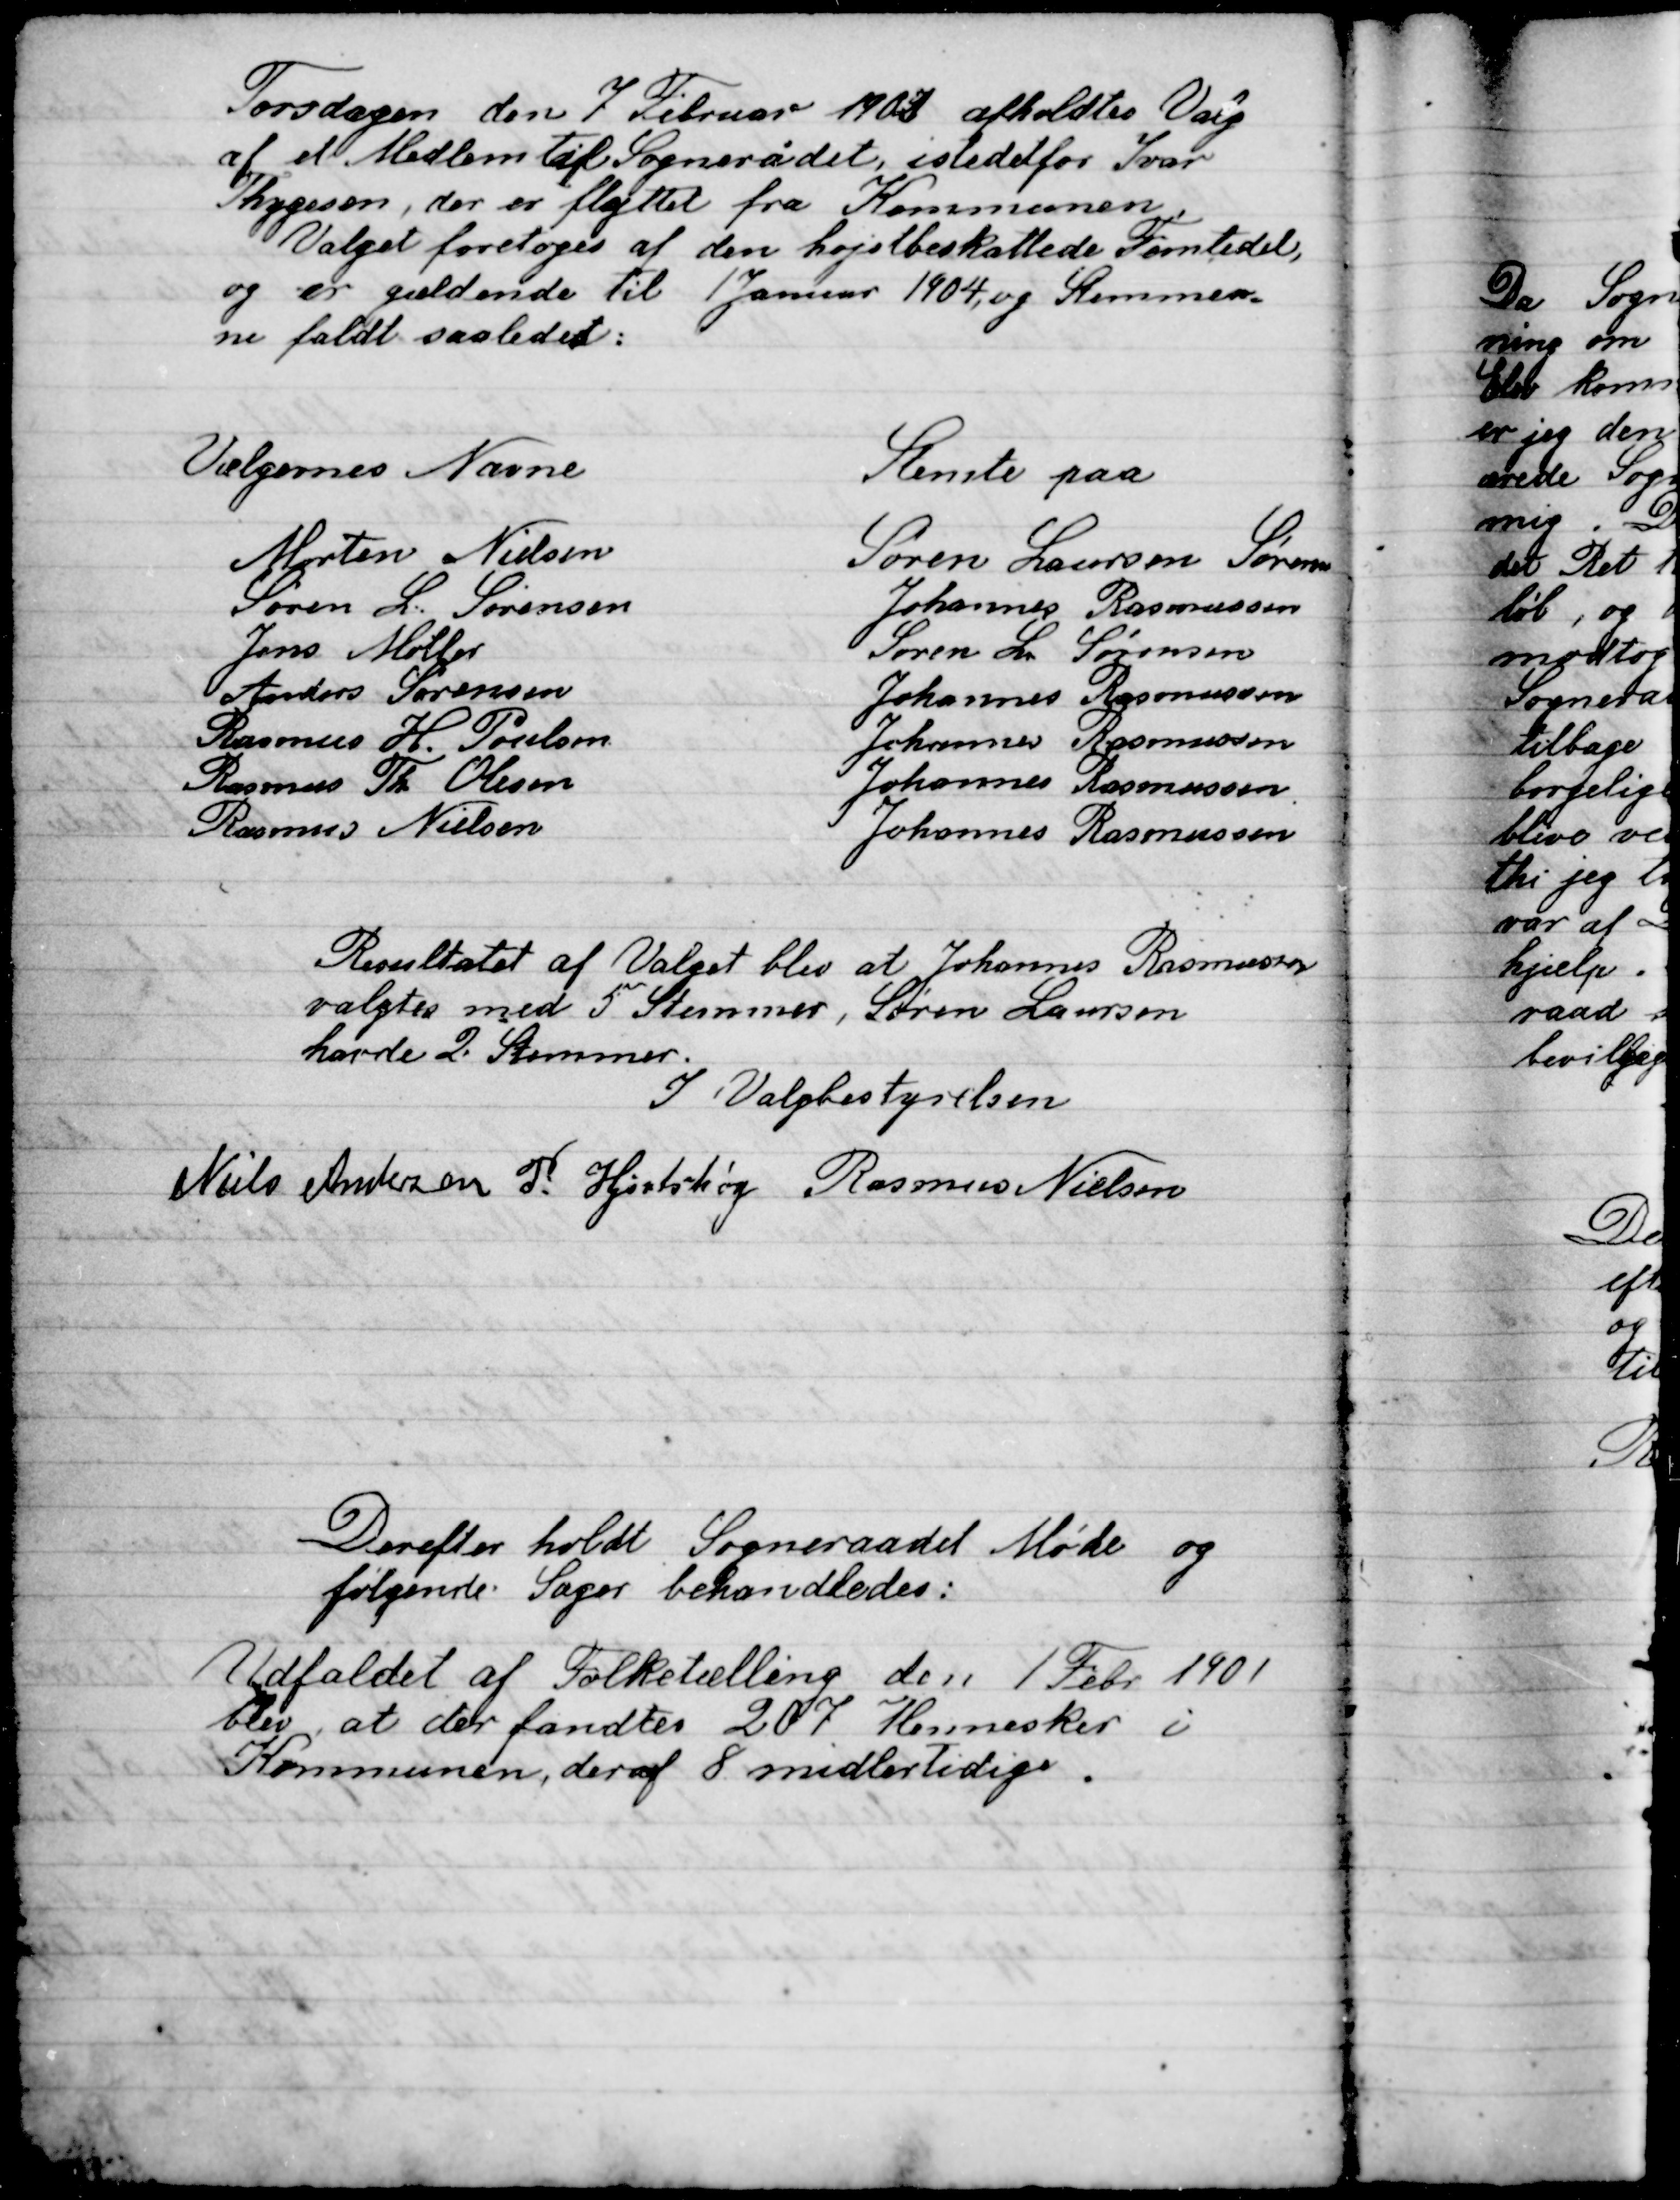
Transskription:
Torsdagen den 7 Februar 1901 afholdt Valg
af et Medlem til Sognerådet, i stedet for Ivar
Thygesen, der er flyttet fra Kommunen.
Valget foretoges af den højest beskattede Femtedel,
Og er gældende til 1 Januar 1904, og Stemmer-
ne faldt saaledes:

Resultatet af Valget blev at Johannes Rasmussen
Valgtes med 5 Stemmer, Søren Laursen
havde 2 Stemmer
I Valgbestyrelsen
Niels Andersen
P. Hjortshøj
Rasmus Nielsen

Derefter holdt Sogneraadet Møde og
Følgende Sager behandledes:

Udfaldet af Folketælling den 1 Febr. 1901
blev at der fandtes 207 Mennesker i
Kommunen, der af 8 midlertidige.